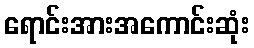
ရောင်းအားအကောင်းဆုံး